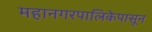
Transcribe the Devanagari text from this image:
महानगरपालिकेपासून